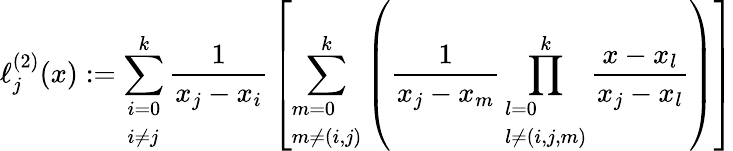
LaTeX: \ell_{j}^{(2)}(x):=\sum_{\begin{array}{l}{i=0}\\ {i\neq j}\end{array}}^{k}{\frac{1}{x_{j}-x_{i}}}\left[\sum_{\begin{array}{l}{m=0}\\ {m\neq(i,j)}\end{array}}^{k}\left({\frac{1}{x_{j}-x_{m}}}\prod_{\begin{array}{l}{l=0}\\ {l\neq(i,j,m)}\end{array}}^{k}{\frac{x-x_{l}}{x_{j}-x_{l}}}\right)\right]